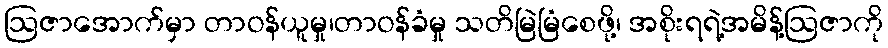
ဩဇာအောက်မှာ တာဝန်ယူမှု၊တာဝန်ခံမှု သတိမြဲမြံစေဖို့၊ အစိုးရရဲ့အမိန့်ဩဇာကို